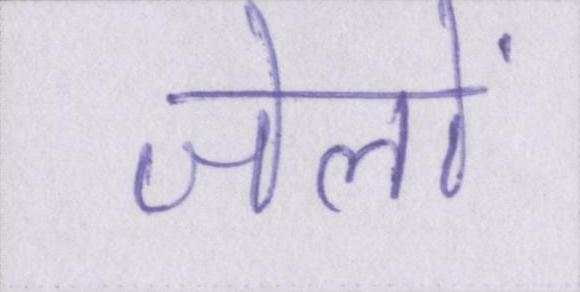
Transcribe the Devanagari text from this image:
जेलों